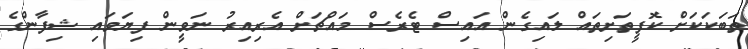
ތަބަކަކަށް ކޮފީތަށިތައް ލައިގެން އައިސް ޓެރެސް މައްޗަށް އެރިއިރު ނަވީން ފިޔަވައި ޝިފާންގެ